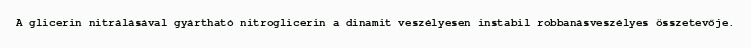
A glicerin nitrálásával gyártható nitroglicerin a dinamit veszélyesen instabil robbanásveszélyes összetevője.